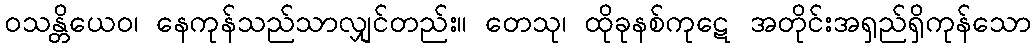
ဝသန္တိယေဝ၊ နေကုန်သည်သာလျှင်တည်း။ တေသု၊ ထိုခုနစ်ကုဋေ အတိုင်းအရှည်ရှိကုန်သော